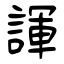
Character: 諢